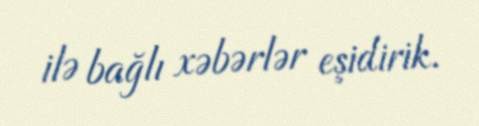
ilə bağlı xəbərlər eşidirik.